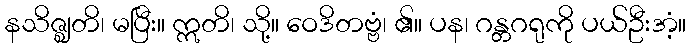
နသိဇ္ဈတိ၊ မပြီး။ ဣတိ၊ သို့။ ဝေဒိတဗ္ဗံ၊ ၏။ ပန၊ ဂန္တဂရုကို ပယ်ဦးအံ့။